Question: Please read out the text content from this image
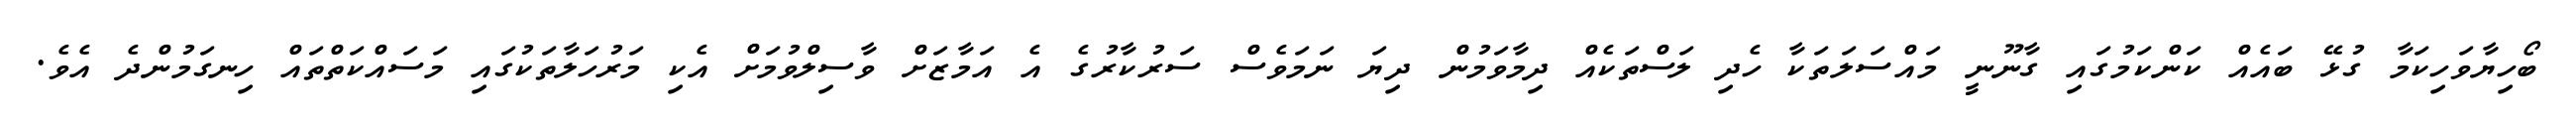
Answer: ބޯހިޔާވަހިކަމާ ގުޅޭ ބައެއް ކަންކަމުގައި ގާނޫނީ މައްސަލަތަކާ ހެދި ލަސްތަކެއް ދިމާވަމުން ދިޔަ ނަމަވެސް ސަރުކާރުގެ އެ އަމާޒަށް ވާސިލްވުމަށް އެކި މަރުހަލާތަކުގައި މަސައްކަތްތައް ހިނގަމުންދެ އެވެ.